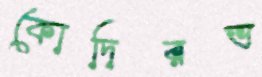
কোদিরভ